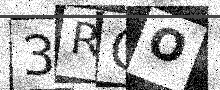
Text: 3RGO